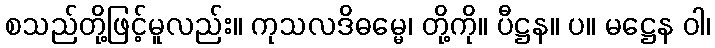
စသည်တို့ဖြင့်မူလည်း။ ကုသလဒိဓမ္မေ၊ တို့ကို။ ပီဋ္ဌန။ ပ။ မဋ္ဌေန ဝါ၊